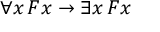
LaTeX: \forall x \, F x \rightarrow \exists x \, F x